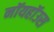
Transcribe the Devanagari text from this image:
नॉयहॉउस